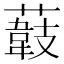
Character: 𦼽